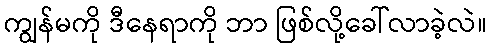
ကျွန်မကို ဒီနေရာကို ဘာ ဖြစ်လို့ခေါ်လာခဲ့လဲ။